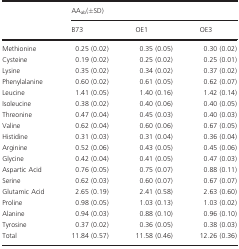
| <ROWSPAN=2>  | <COLSPAN=3> AAab(±SD) |
 | B73 | OE1 | OE3 |
 | --- | --- | --- | --- |
 | Methionine | 0.25 (0.02) | 0.35 (0.05) | 0.30 (0.02) |
 | Cysteine | 0.19 (0.02) | 0.25 (0.02) | 0.25 (0.01) |
 | Lysine | 0.35 (0.02) | 0.34 (0.02) | 0.37 (0.02) |
 | Phenylalanine | 0.60 (0.02) | 0.61 (0.05) | 0.62 (0.07) |
 | Leucine | 1.41 (0.05) | 1.40 (0.16) | 1.42 (0.14) |
 | Isoleucine | 0.38 (0.02) | 0.40 (0.06) | 0.40 (0.05) |
 | Threonine | 0.47 (0.04) | 0.45 (0.03) | 0.40 (0.03) |
 | Valine | 0.62 (0.04) | 0.60 (0.06) | 0.67 (0.05) |
 | Histidine | 0.31 (0.03) | 0.31 (0.04) | 0.36 (0.04) |
 | Arginine | 0.52 (0.06) | 0.43 (0.05) | 0.45 (0.06) |
 | Glycine | 0.42 (0.04) | 0.41 (0.05) | 0.47 (0.03) |
 | Aspartic Acid | 0.76 (0.05) | 0.75 (0.07) | 0.88 (0.11) |
 | Serine | 0.62 (0.03) | 0.60 (0.07) | 0.67 (0.07) |
 | Glutamic Acid | 2.65 (0.19) | 2.41 (0.58) | 2.63 (0.60) |
 | Proline | 0.98 (0.05) | 1.03 (0.13) | 1.03 (0.02) |
 | Alanine | 0.94 (0.03) | 0.88 (0.10) | 0.96 (0.10) |
 | Tyrosine | 0.37 (0.02) | 0.36 (0.05) | 0.38 (0.03) |
 | Total | 11.84 (0.57) | 11.58 (0.46) | 12.26 (0.36) |